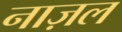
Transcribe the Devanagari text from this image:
नाज़ल